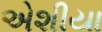
એશીયા